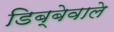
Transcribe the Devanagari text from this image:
डिब्बेवाले